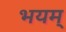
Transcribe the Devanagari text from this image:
भयम्